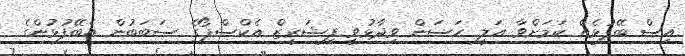
އިސް ބޭފުޅެއް ކަމަށްވާ އަލީ ހަސަން ވިދާޅުވީ ފިޝަރީޒް އެކްސްޕޯގެ ސަބަބުން އެބޭފުޅުންގެ